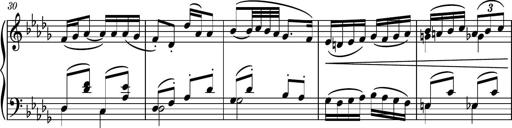
Title: Piano Sonatina II
Composer: Dimitri Sykias
Key: F major